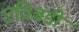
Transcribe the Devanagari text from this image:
एव्रिबडी